Indian journal of veterinary science and animal husbandry - Volumes 24-25, 1954-1955
Year: 1954
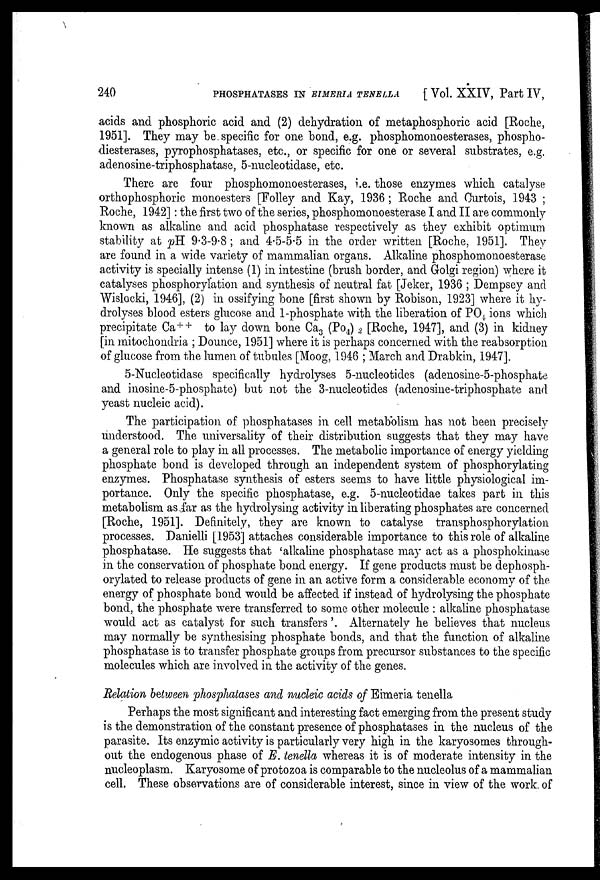
240
PHOSPHATASES IN EIMERIA TENELLA
[ Vol. XXIV, Part IV,
acids and phosphoric acid and (2) dehydration of metaphosphoric acid [Roche,
1951]. They may be specific for one bond, e.g. phosphomonoesterases, phospho-
diesterases, pyrophosphatases, etc., or specific for one or several substrates, e.g.
adenosine-triphosphatase, 5-nucleotidase, etc.
There are four phosphomonoesterases, i.e. those enzymes which catalyse
orthophosphoric monoesters [Folley and Kay, 1936 ; Roche and Curtois, 1943 ;
Roche, 1942] : the first two of the series, phosphomonoesterase I and II are commonly
known as alkaline and acid phosphatase respectively as they exhibit optimum
stability at pH 9.3-9.8 ; and 4.5-5.5 in the order written [Roche, 1951]. They
are found in a wide variety of mammalian organs. Alkaline phosphomonoesterase
activity is specially intense (1) in intestine (brush border, and Golgi region) where it
catalyses phosphorylation and synthesis of neutral fat [Jeker, 1936 ; Dempsey and
Wislocki, 1946], (2) in ossifying bone [first shown by Robison, 1923] where it hy-
drolyses blood esters glucose and 1-phosphate with the liberation of PO 4 ions which
precipitate Ca ++ to lay down bone Ca 3 (Po 4 ) 2 [Roche, 1947], and (3) in kidney
[in mitochondria ; Dounce, 1951] where it is perhaps concerned with the reabsorption
of glucose from the lumen of tubules [Moog, 1946 ; March and Drabkin, 1947].
5-Nucleotidase specifically hydrolyses 5-nucleotides (adenosine-5-phosphate
and inosine-5-phosphate) but not the 3-nucleotides (adenosine-triphosphate and
yeast nucleic acid).
The participation of phosphatases in cell metabolism has not been precisely
understood. The universality of their distribution suggests that they may have
a general role to play in all processes. The metabolic importance of energy yielding
phosphate bond is developed through an independent system of phosphorylating
enzymes. Phosphatase synthesis of esters seems to have little physiological im-
portance. Only the specific phosphatase, e.g. 5-nucleotidae takes part in this
metabolism as far as the hydrolysing activity in liberating phosphates are concerned
[Roche, 1951]. Definitely, they are known to catalyse transphosphorylation
processes. Danielli [1953] attaches considerable importance to this role of alkaline
phosphatase. He suggests that 'alkaline phosphatase may act as a phosphokinase
in the conservation of phosphate bond energy. If gene products must be dephosph-
orylated to release products of gene in an active form a considerable economy of the
energy of phosphate bond would be affected if instead of hydrolysing the phosphate
bond, the phosphate were transferred to some other molecule : alkaline phosphatase
would act as catalyst for such transfers '. Alternately he believes that nucleus
may normally be synthesising phosphate bonds, and that the function of alkaline
phosphatase is to transfer phosphate groups from precursor substances to the specific
molecules which are involved in the activity of the genes.
Relation between phosphatases and nucleic acids of Eimeria tenella
Perhaps the most significant and interesting fact emerging from the present study
is the demonstration of the constant presence of phosphatases in the nucleus of the
parasite. Its enzymic activity is particularly very high in the karyosomes through-
out the endogenous phase of E. tenella whereas it is of moderate intensity in the
nucleoplasm. Karyosome of protozoa is comparable to the nucleolus of a mammalian
cell. These observations are of considerable interest, since in view of the work of